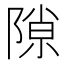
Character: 隙